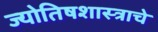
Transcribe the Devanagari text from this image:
ज्योतिषशास्त्राचे